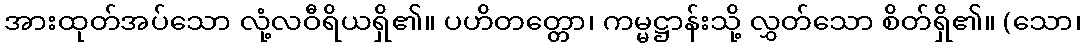
အားထုတ်အပ်သော လုံ့လဝီရိယရှိ၏။ ပဟိတတ္တော၊ ကမ္မဋ္ဌာန်းသို့ လွှတ်သော စိတ်ရှိ၏။ (သော၊